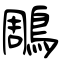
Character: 鵰